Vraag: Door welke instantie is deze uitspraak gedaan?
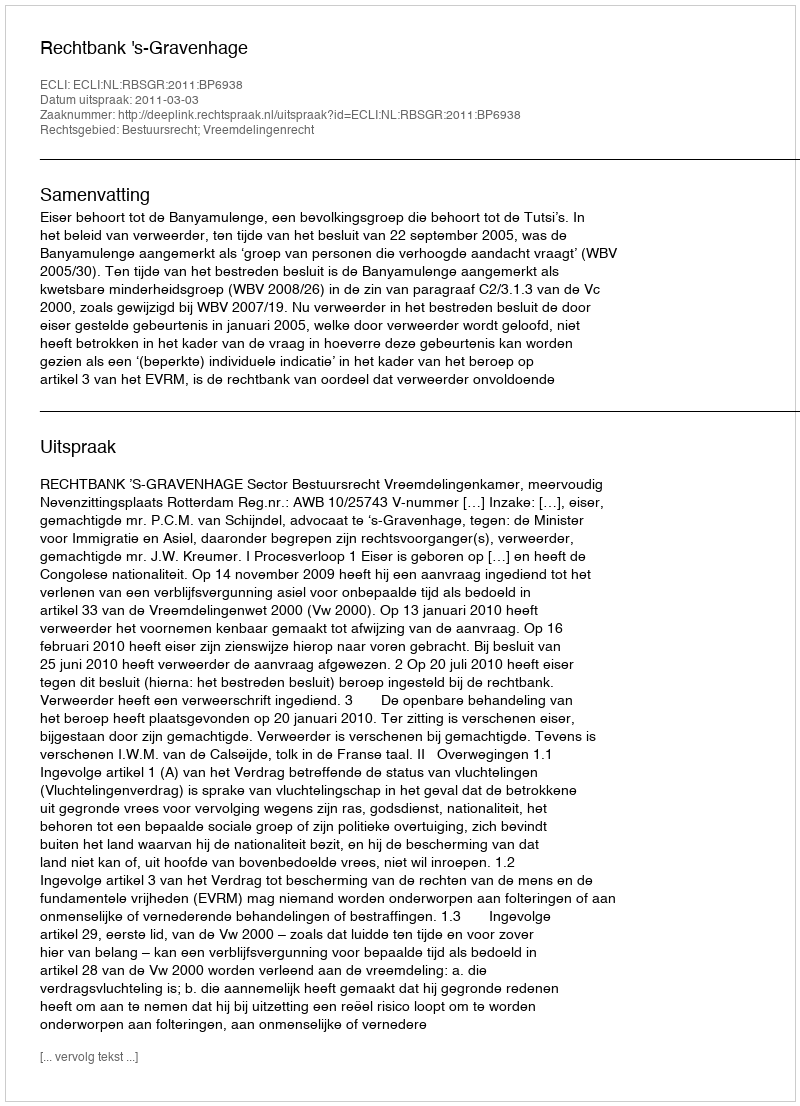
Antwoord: Rechtbank 's-Gravenhage